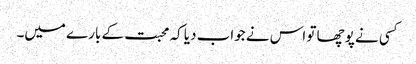
کسی نے پوچھا تو اس نے جواب دیا کہ محبت کے بارے میں۔